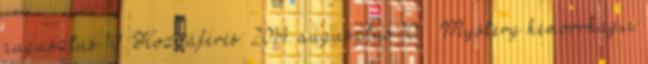
augusztus 10. Hozzáférés: 2014. augusztus 10. ↑ Mystery hemorrhagic